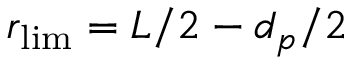
r _ { \mathrm { l i m } } = L / 2 - d _ { p } / 2